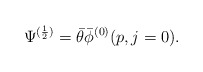
\begin{align*}\Psi^{(\frac{1}{2})}=\bar\theta\bar\phi^{(0)}(p,j=0).\end{align*}